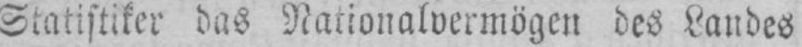
Statistiker das Nationalvermögen des Landes